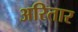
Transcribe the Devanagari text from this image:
अरितार